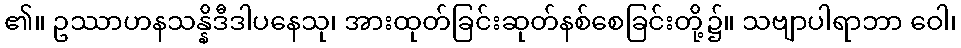
၏။ ဥဿာဟနသန္နိဒီဒါပနေသု၊ အားထုတ်ခြင်းဆုတ်နစ်စေခြင်းတို့၌။ သဗျာပါရာဘာ ဝေါ၊